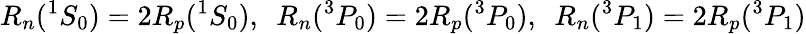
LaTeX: R_{n}({}^{1}S_{0})=2R_{p}({}^{1}S_{0}),\, \, \, R_{n}({}^{3}P_{0})=2R_{p}(^{3}P_{0}),\, \, \, R_{n}({}^{3}P_{1})=2R_{p}({}^{3}P_{1})